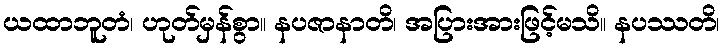
ယထာဘူတံ၊ ဟုတ်မှန်စွာ။ နပဇာနာတိ၊ အပြားအားဖြင့်မသိ။ နပဿတိ၊